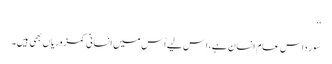
‘‘
سُور داس عام انسان ہے، اِس لیے اُس میں انسانی کمزوریاں بھی ہیں۔